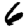
Digit: 6